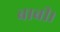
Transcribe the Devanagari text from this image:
बाबी।